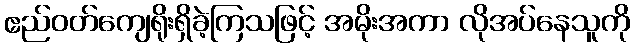
ဧည်ဝတ်ကျေရိုးရှိခဲ့ကြသဖြင့် အမိုးအကာ လိုအပ်နေသူကို